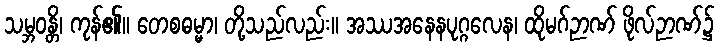
သမ္ဘဝန္တိ၊ ကုန်၏။ တေစဓမ္မာ၊ တို့သည်လည်း။ အဿအနေနပုဂ္ဂလေန၊ ထိုမဂ်ဉာဏ် ဖိုလ်ဉာဏ်၌